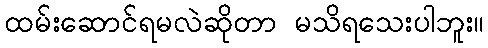
ထမ်းဆောင်ရမလဲဆိုတာ မသိရသေးပါဘူး။